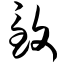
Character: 致